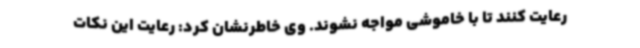
رعایت کنند تا با خاموشی مواجه نشوند. وی خاطرنشان کرد: رعایت این نکات